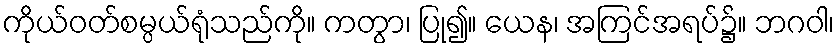
ကိုယ်ဝတ်စမ္ပယ်ရုံသည်ကို။ ကတွာ၊ ပြု၍။ ယေန၊ အကြင်အရပ်၌။ ဘဂဝါ၊